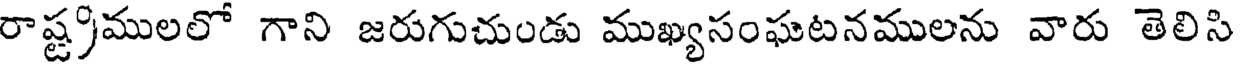
రాష్ట్రములలో గాని జరుగుచుండు ముఖ్యసంఘటనములను వారు తెలిసి